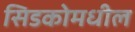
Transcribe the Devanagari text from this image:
सिडकोमधील